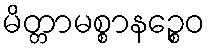
မိတ္တာမစ္စာနဉ္စေဝ